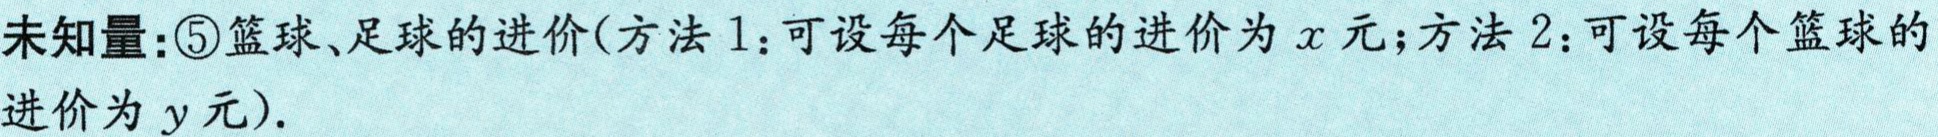
未知量:\textcircled{5}篮球、足球的进价(方法1:可设每个足球的进价为\(x\)元;方法2:可设每个篮球的进价为\(y\)元).